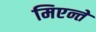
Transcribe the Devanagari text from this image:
मिएन्ते